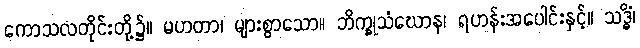
ကောသလတိုင်းတို့၌။ မဟတာ၊ များစွာသော။ ဘိက္ခုသံဃောန၊ ရဟန်းအပေါင်းနှင့်။ သဒ္ဓိံ၊